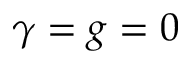
\gamma = g = 0